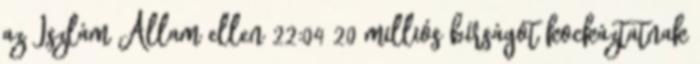
az Iszlám Állam ellen 22:04 20 milliós bírságot kockáztatnak